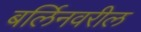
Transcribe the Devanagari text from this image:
बर्लिनवरील